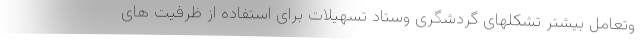
وتعامل بیشتر تشکلهای گردشگری وستاد تسهیلات برای استفاده از ظرفیت های